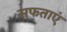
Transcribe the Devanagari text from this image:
सफताएं